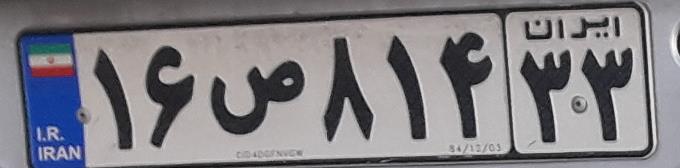
۱۶ص۸۱۴۳۳